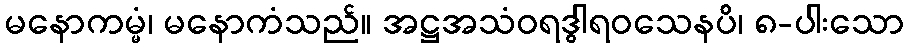
မနောကမ္မံ၊ မနောကံသည်။ အဋ္ဌအသံဝရဒွါရဝသေနပိ၊ ၈-ပါးသော